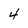
Character: 4